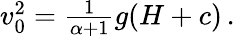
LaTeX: \begin{array}{r}{v_{0}^{2}=\frac{1}{\alpha+1}g(H+c)\, .}\end{array}